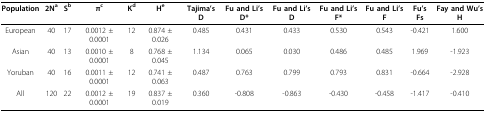
| Population | 2Na | Sb | πc | Kd | He | Tajima's D | Fu and Li's D* | Fu and Li's D | Fu and Li's F* | Fu and Li's F | Fu's Fs | Fay and Wu's H |
 | --- | --- | --- | --- | --- | --- | --- | --- | --- | --- | --- | --- | --- |
 | European | 40 | 17 | 0.0012 ± 0.0001 | 12 | 0.874 ± 0.026 | 0.485 | 0.431 | 0.433 | 0.530 | 0.543 | -0.421 | 1.600 |
 | Asian | 40 | 13 | 0.0010 ± 0.0001 | 8 | 0.768 ± 0.045 | 1.134 | 0.065 | 0.030 | 0.486 | 0.485 | 1.969 | -1.923 |
 | Yoruban | 40 | 16 | 0.0011 ± 0.0001 | 12 | 0.741 ± 0.063 | 0.487 | 0.763 | 0.799 | 0.793 | 0.831 | -0.664 | -2.928 |
 | All | 120 | 22 | 0.0012 ± 0.0001 | 19 | 0.837 ± 0.019 | 0.360 | -0.808 | -0.863 | -0.430 | -0.458 | -1.417 | -0.410 |